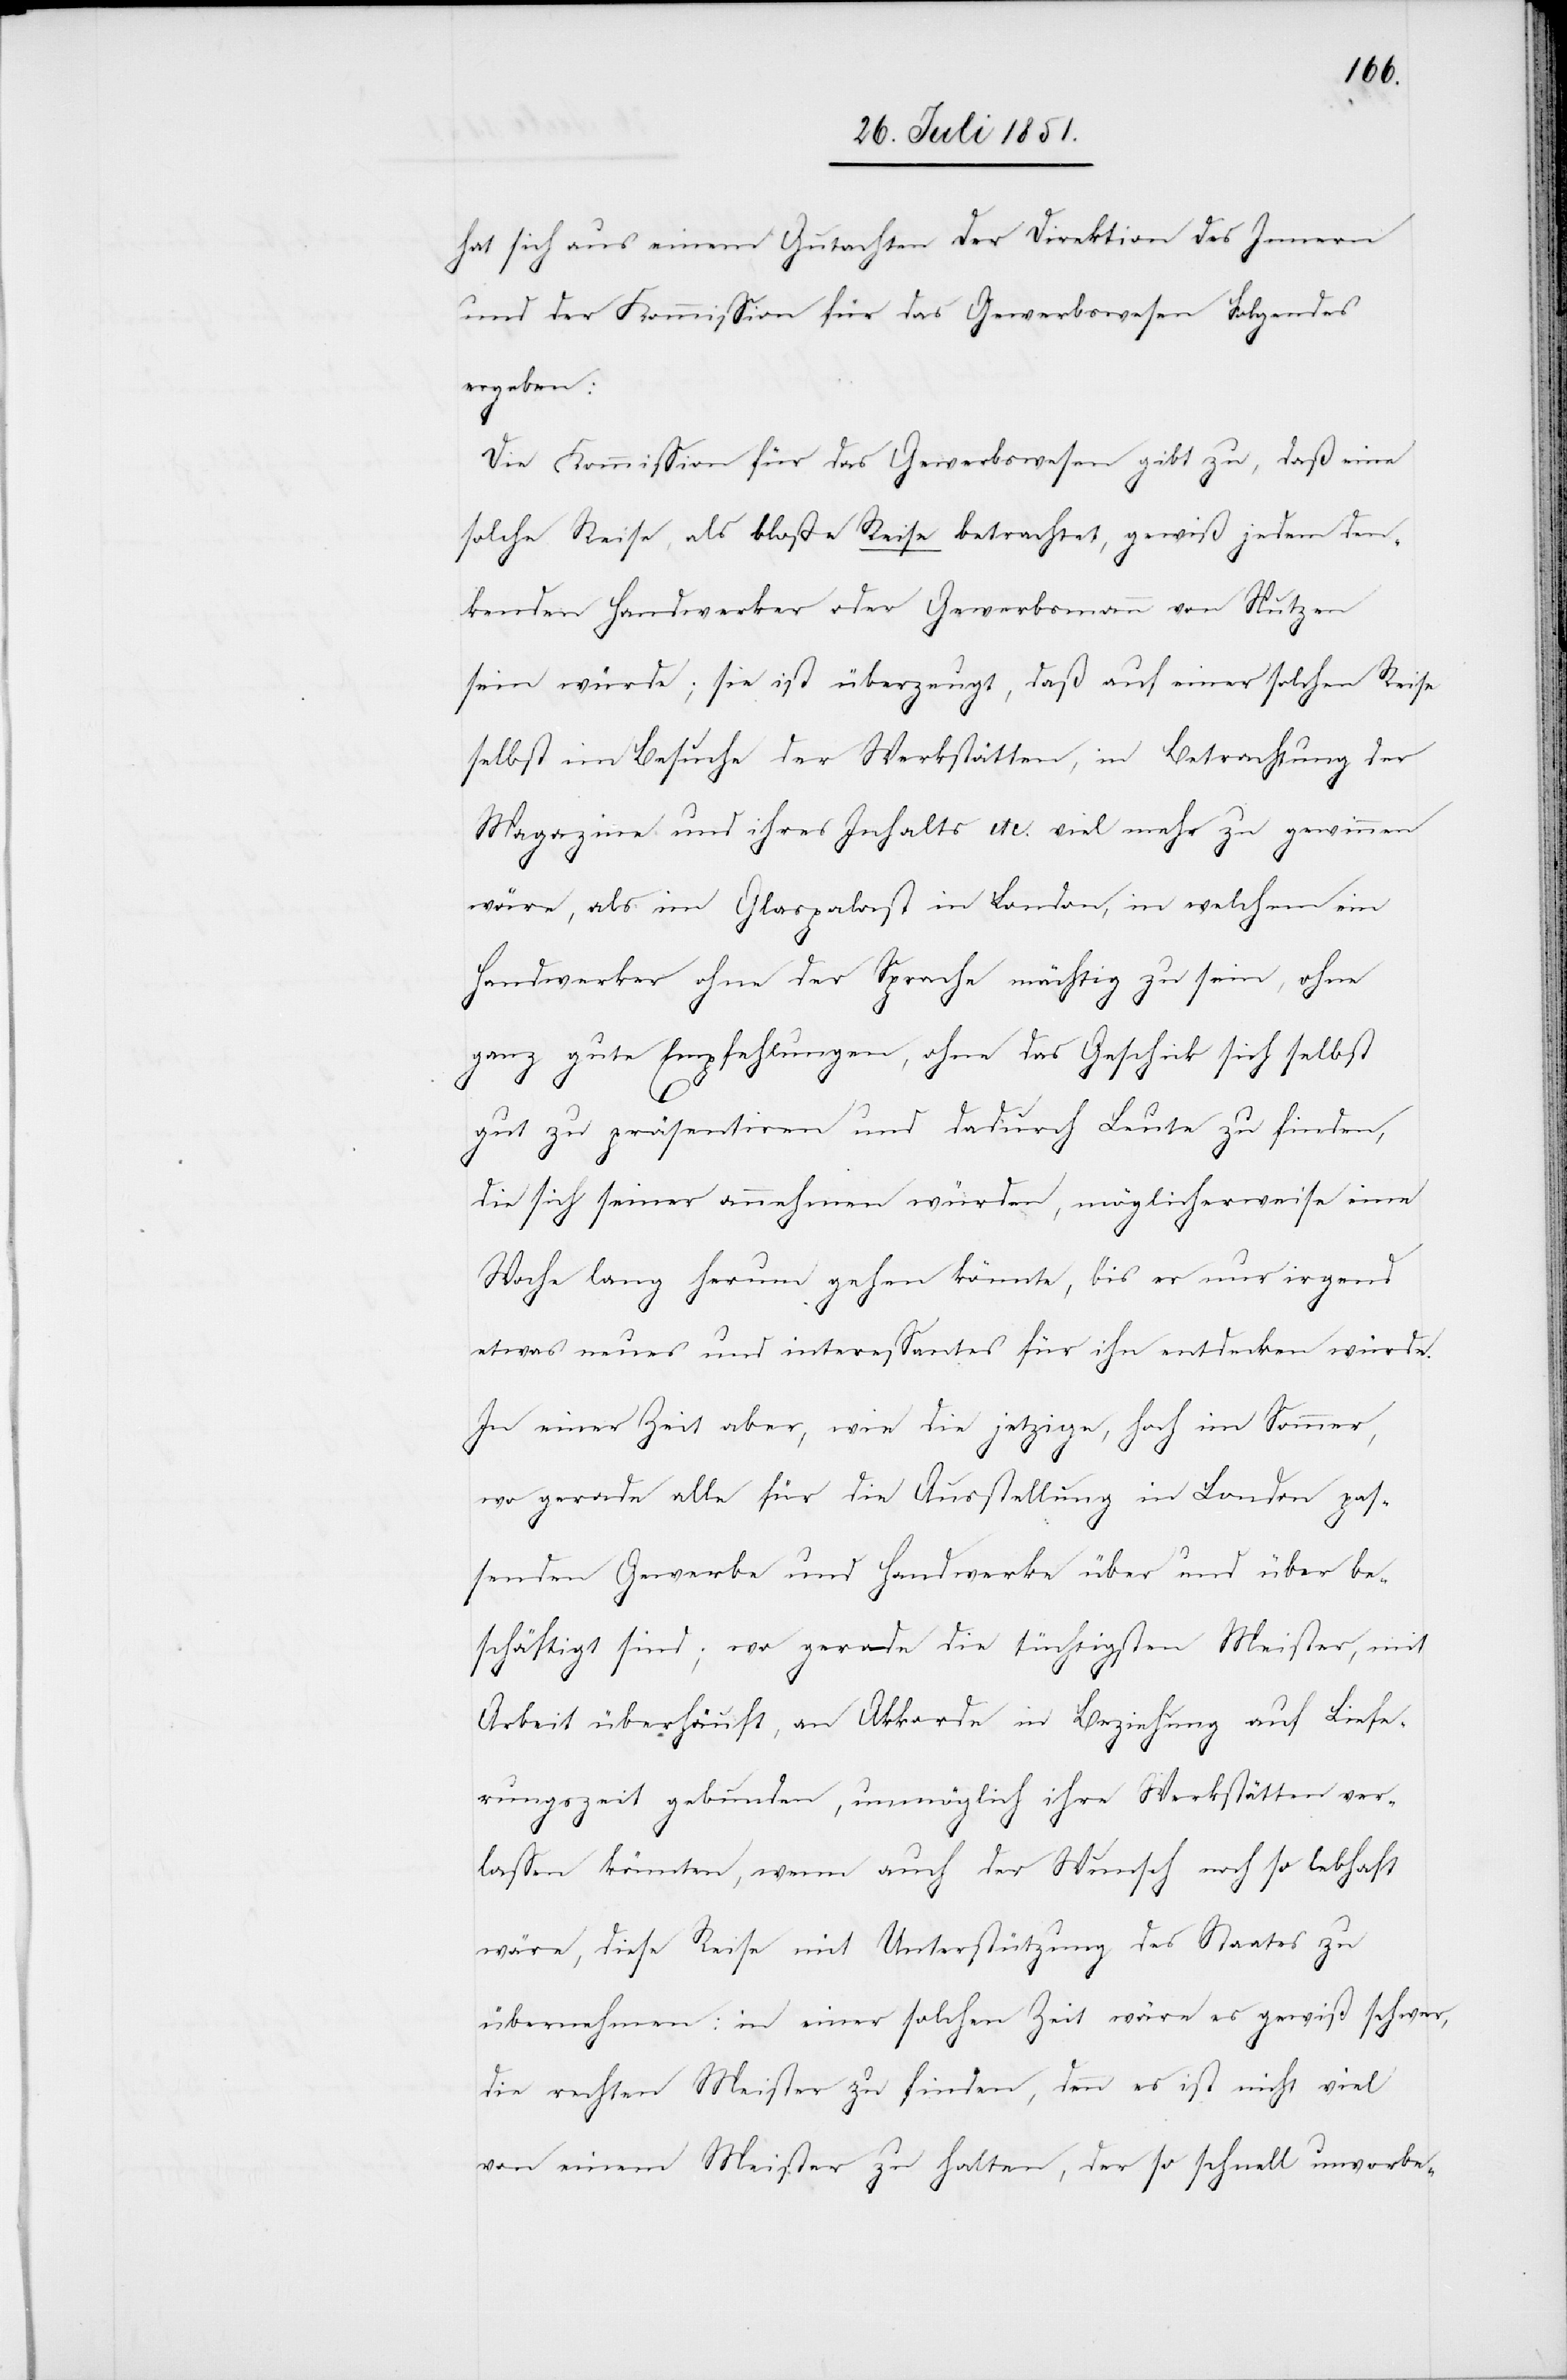
hat sich aus einem Gutachten der Direktion des Innern
und der Kommission für das Gewerbswesen Folgendes
ergeben:
Die Kommission für das Gewerbswesen gibt zu, daß eine
solche Reise als bloße Reise betrachtet, gewiß jedem den¬
kenden Handwerker oder Gewerbsmann von Nutzen
sein würde; sie ist überzeugt, daß auf einer solchen Reise
selbst im Besuche der Werkstätten, in Betrachtung der
Magazine und ihres Inhalts etc. viel mehr zu gewinnen
wäre, als im Glaspalast in London, in welchem ein
Handwerker ohne der Sprache mächtig zu sein, ohne
ganz gute Empfehlungen, ohne das Geschick sich selbst
gut zu präsentiren und dadurch Leute zu finden,
die sich seiner annehmen würden, möglicherweise eine
Woche lang herum gehen könnte, bis er nur irgend
etwas neues und interessantes für ihn entdecken würde.
In einer Zeit aber, wie die jetzige, hoch im Sommer,
wo gerade alle für die Ausstellung in London pas¬
senden Gewerbe und Handwerke über und über be¬
schäftigt sind; wo gerade die tüchtigsten Meister, mit
Arbeit überhäuft, an Akkorde in Beziehung auf Liefe¬
rungszeit gebunden, unmöglich ihre Werkstätten ver¬
lassen könnten, wenn auch der Wunsch noch so lebhaft
wäre, diese Reise mit Unterstützung des Staates zu
übernehmen: in einer solchen Zeit wäre es gewiß schwer,
die rechten Meister zu finden, denn es ist nicht viel
von einem Meister zu halten, der so schnell unvorbe-